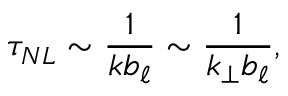
\tau _ { N L } \sim \frac { 1 } { k b _ { \ell } } \sim \frac { 1 } { k _ { \perp } b _ { \ell } } ,